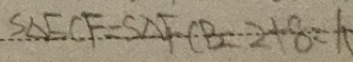
S _ { \Delta } E C F = S _ { \Delta } F C B 2 + 8 = 1 0